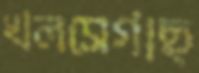
খলসেগাছ